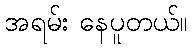
အရမ်း နေပူတယ်။